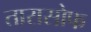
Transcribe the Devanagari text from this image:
तारासोफ